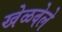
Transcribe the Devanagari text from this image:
खेळवेले